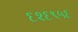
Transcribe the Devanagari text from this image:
६२६९५६